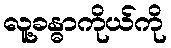
လူ့ခန္ဓာကိုယ်ကို